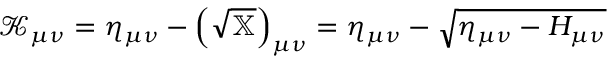
\displaystyle { \mathcal { K } } _ { \mu \nu } = \eta _ { \mu \nu } - \left( { \sqrt { \mathbb { X } } } \right) _ { \mu \nu } = \eta _ { \mu \nu } - { \sqrt { \eta _ { \mu \nu } - H _ { \mu \nu } } }